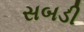
સબડી